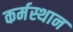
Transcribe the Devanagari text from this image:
कर्मस्थान